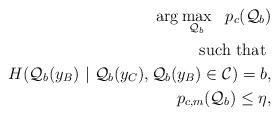
LaTeX: \begin{align*}\displaystyle \arg \max_{\mathcal{Q}_{b}} ~~p_{c}(\mathcal{Q}_{b}) \\\mbox{ such that } \\H(\mathcal{Q}_{b}(y_{B}) ~|~ \mathcal{Q}_{b}(y_{C}), \mathcal{Q}_{b}(y_{B}) \in \mathcal{C}) = b,\\p_{c,m}(\mathcal{Q}_{b}) \leq \eta,\end{align*}